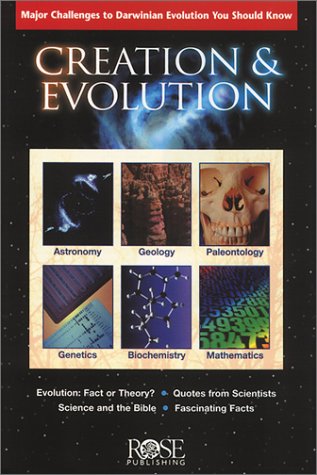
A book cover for Creation and Evolution pamphlet- pkg of 5 pamphlets (Clear Reasons to Doubt Darwinian Evolution); Rose Publishing; Christian Books & Bibles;